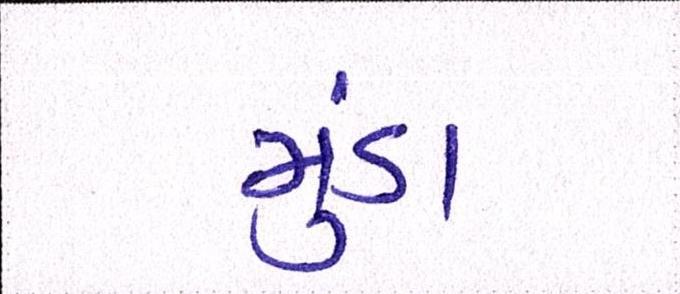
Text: મુંડા